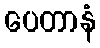
ပေတာနံ